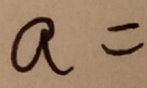
a =